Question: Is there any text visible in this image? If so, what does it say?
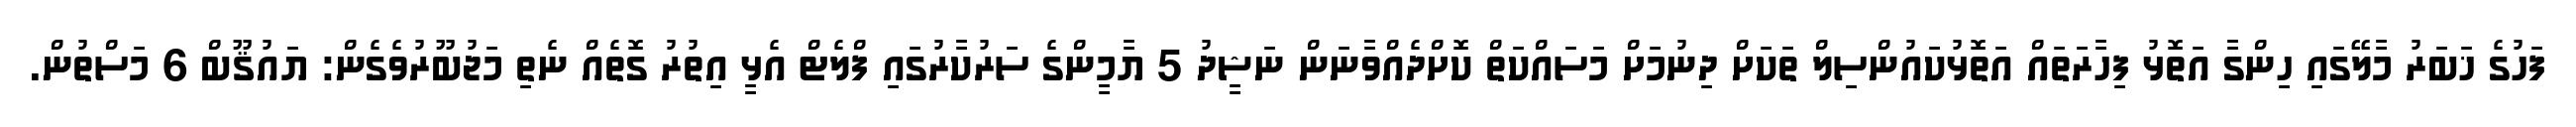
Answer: ފަހުގެ ޚަބަރު މާލޭގައި ހިންގާ އަތޮޅު ފިހާރަތައް އަތޮޅުކައުންސިލް ތަކަށް ދިނުމަށް މަސައްކަތް ކޮށްދެއްވާނަން ނަޝީދު 5 ޔާމީންގެ ސަރުކާރުގައި ފްލެޓް އެޅީ އިތުރު ގޮތެއް ނެތި މަޖުބޫރުވެގެން: ޔައުޤޫބް 6 މަސްތުން.